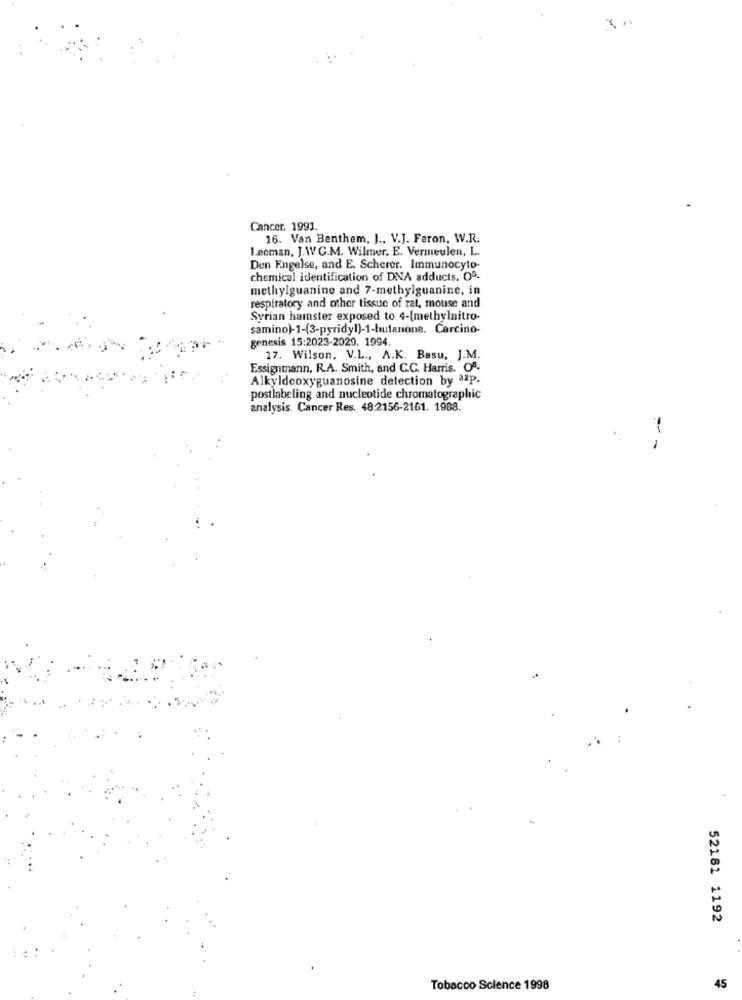
Cancer. 1991.
16. Van Benthem, J ., V.J. Feron, W.R.
I.eoman, J.W.C.M. Wilmer. E. Vermeulen, L.
Den Engelse, and E. Scherer. Immunocyto-
chemical identification of DNA adducts. Oº.
methylguanine and 7-methylguanine, in
respiratory and other tissue of rat, mouse and
Syrian hamster exposed to 4-(methylnitro-
samino)-1-(3-pyridyl)-1-butanone. Carcino-
genesis 15:2023-2029. 1994.
17. Wilson, V.L ., A.K. Basu, J.M.
Essignmann, R.A. Smith, and C.C. Harris. 00.
Alkyldeoxyguanosine detection by 32p.
postlabeling and nucleotide chromatographic
analysis. Cancer Res. 48:2156-2161. 1908.
--
52181 1192
Tobacco Science 1998
45